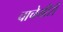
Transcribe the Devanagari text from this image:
चाचेगीरी